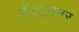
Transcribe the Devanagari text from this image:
ऑन्ट्रप्रनर